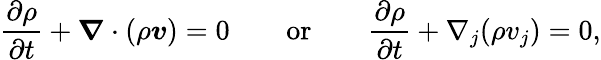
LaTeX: \frac{\partial\rho}{\partial t}+\boldsymbol{\nabla}\cdot(\rho\boldsymbol{v})=0\qquad\textnormal{or}\qquad\frac{\partial\rho}{\partial t}+\nabla_{j}(\rho v_{j})=0,